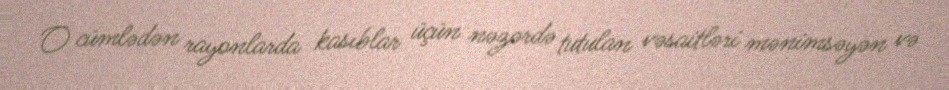
O cümlədən rayonlarda kasıblar üçün nəzərdə tutulan vəsaitləri mənimsəyən və